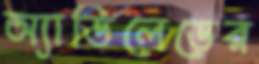
অ্যাডিলেডের